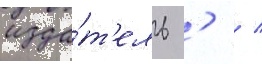
изда́т'ель '